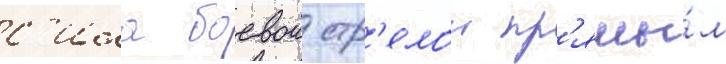
с'ила боевои стр'елои пр'ямы́м